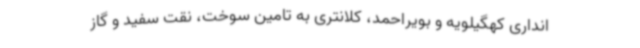
انداری کهگیلویه و بویراحمد، کلانتری به تامین سوخت، نقت سفید و گاز